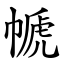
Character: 㡗